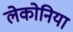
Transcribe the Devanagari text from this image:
लेकोनिया